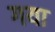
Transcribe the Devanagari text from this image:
गया